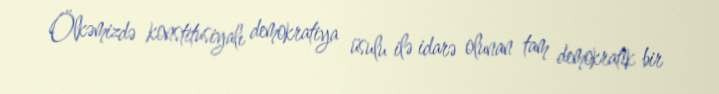
Ölkəmizdə konstitusiyalı demokratiya üsulu ilə idarə olunan tam demokratik bir